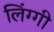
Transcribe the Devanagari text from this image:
लिंग्गी